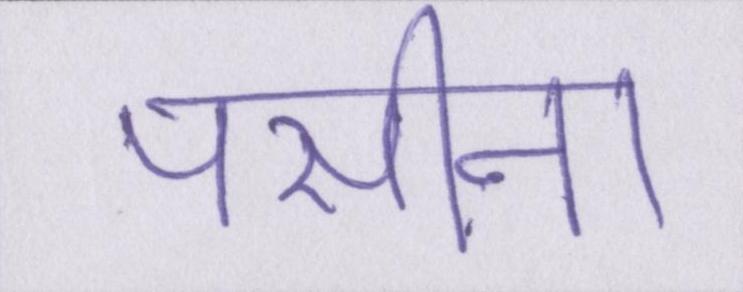
पसीना